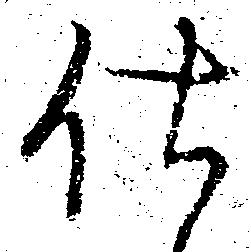
仕